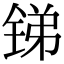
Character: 锑